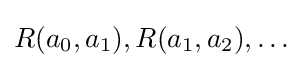
R(a_{0},a_{1}),R(a_{1},a_{2}),\ldots